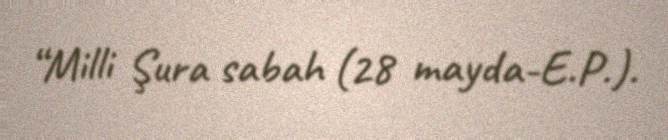
“Milli Şura sabah (28 mayda-E.P.).